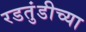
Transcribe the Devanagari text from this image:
रडतुंडीच्या